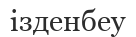
ізденбеу